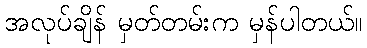
အလုပ်ချိန် မှတ်တမ်းက မှန်ပါတယ်။